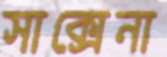
সাক্সেনা